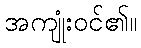
အကျုံးဝင်၏။